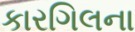
કારગિલના